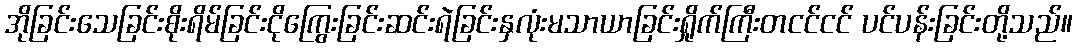
အိုခြင်းသေခြင်းစိုးရိမ်ခြင်းငိုကြွေးခြင်းဆင်းရဲခြင်းနှလုံးမသာယာခြင်းရှိုက်ကြီးတငင်ငင် ပင်ပန်းခြင်းတို့သည်။